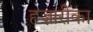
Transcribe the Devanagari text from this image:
हज़ारीका